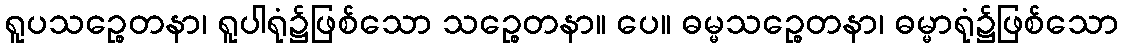
ရူပသဉ္စေတနာ၊ ရူပါရုံ၌ဖြစ်သော သဉ္စေတနာ။ ပေ။ ဓမ္မသဉ္စေတနာ၊ ဓမ္မာရုံ၌ဖြစ်သော